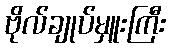
ဗိုလ်ချုပ်မှူးကြီး